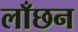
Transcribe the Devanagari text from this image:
लाँछन